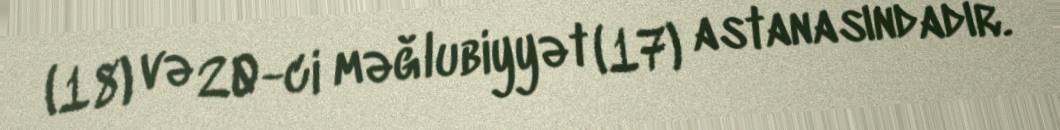
(18) və 20-ci məğlubiyyət (17) astanasındadır.